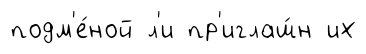
подм'е́ной л'и пр'иглаш́н их